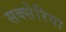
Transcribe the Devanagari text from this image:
सक्सेरिया